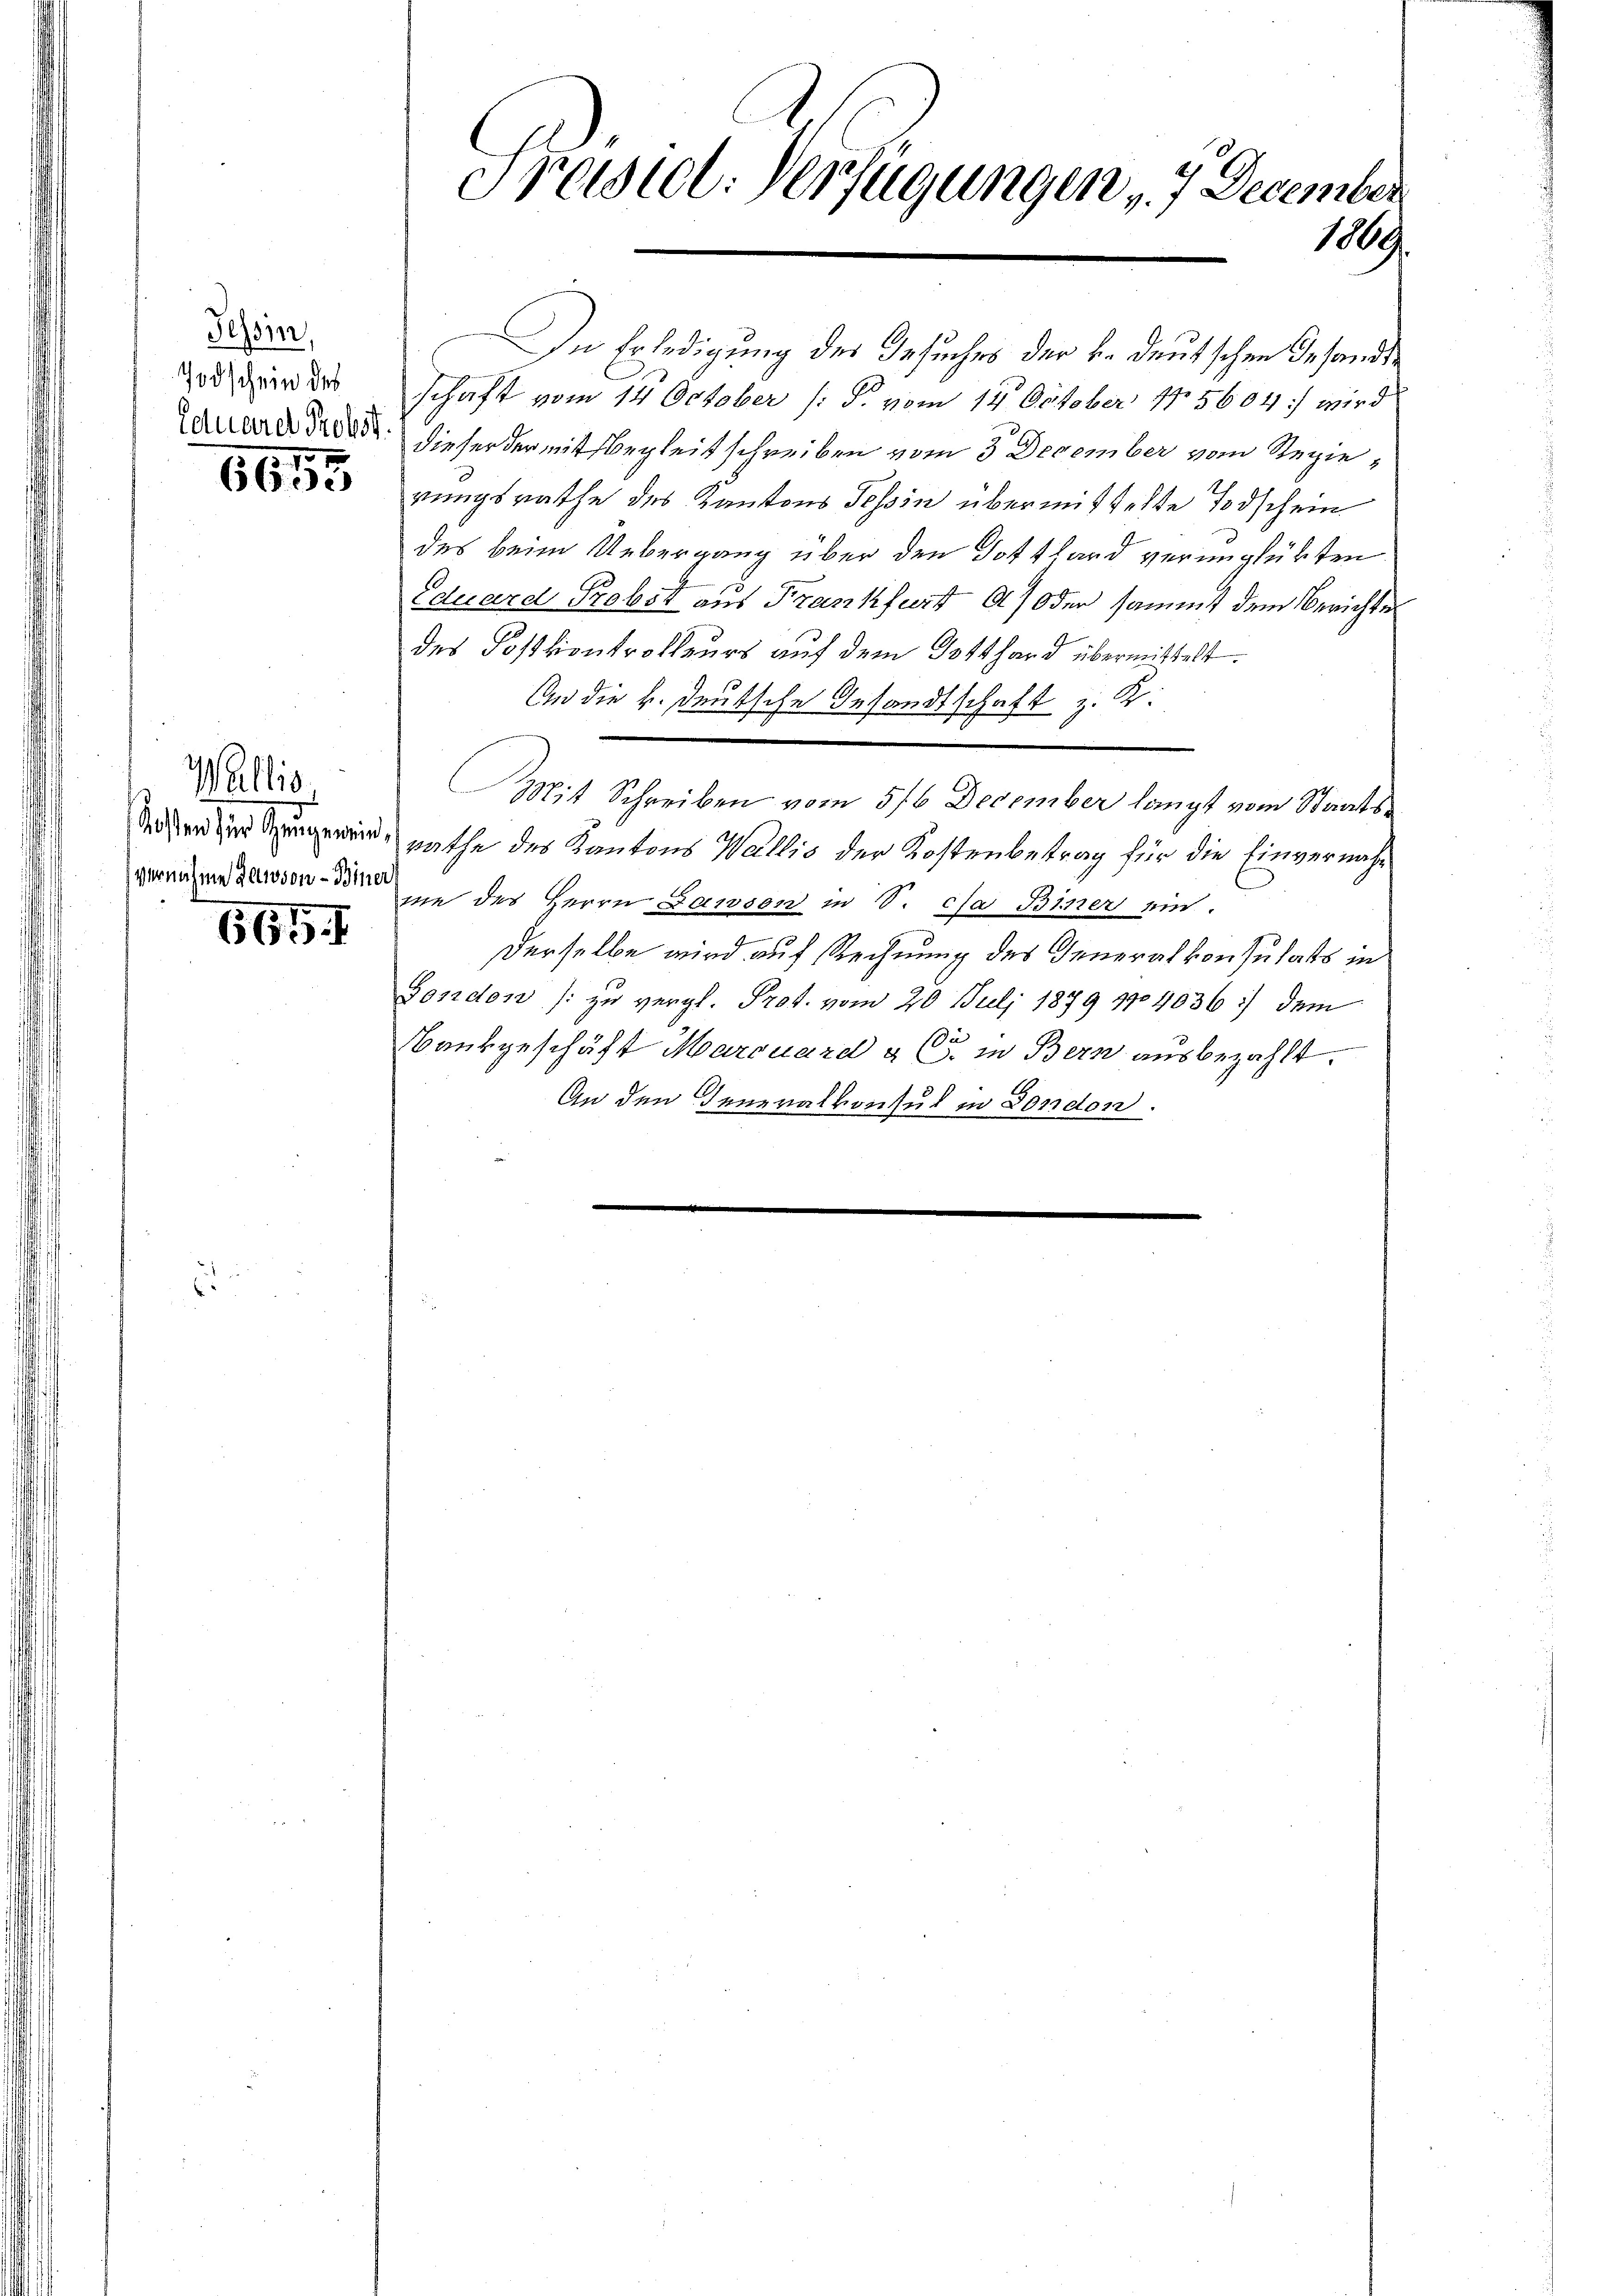
Tessin,
7odschein des

6655

Wallis,
vernahme dawson-Biner

665 f.

1
Praster-Verfügungen 7 December
100.

In Erledigung des Gesuches der v. deutschen Gesandtschaft vom 14 October (: S. vom 14. October 185604) wird
da an der da dieser der mit begleitschreiben vom 3. December vom Regierungsrathe des Kantons Tessin übermittelte Todschein
des beim Uebergang über den Gotthard verunglükten.
Eduard Probst aus Frankfurt oder sammt dem Berichtes
des Postkontrolleurs auf dem Totthard übermittelt:
An die k. deutsche Gesandtschaft z. K.
Mit Schreiben vom 5/6 December langt vom Staatsinrathe des Kantons Wallis der Kostenbetrag für die Einvernahme des Herrn Dawson in S. ca Brner ein.
Derselbe wird auf Rechnung des Generalkonsulats in
Gondon [zu vergl. Prot. vom 20. Juli 1879 1704036 :/ dem
Bankgeschäft Marcuard & Co. in Bern ausbezahlt.
An den Generalkonsul in Dondon.
e